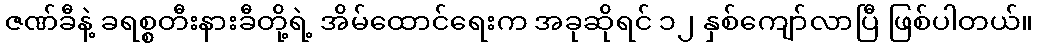
ဇဏ်ခီနဲ့ ခရစ္စတီးနားခီတို့ရဲ့ အိမ်ထောင်ရေးက အခုဆိုရင် ၁၂ နှစ်ကျော်လာပြီ ဖြစ်ပါတယ်။